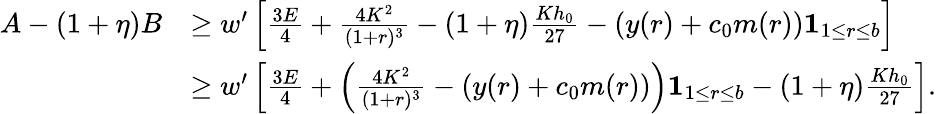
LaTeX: \begin{array}{rl}{A-(1+\eta)B}&{\geq w^{\prime}\left[\frac{3E}{4}+\frac{4K^{2}}{(1+r)^{3}}-(1+\eta)\frac{Kh_{0}}{27}-(y(r)+c_{0}m(r))\mathbf{1}_{1\leq r\leq b}\right]}\\ &{\geq w^{\prime}\left[\frac{3E}{4}+\left(\frac{4K^{2}}{(1+r)^{3}}-(y(r)+c_{0}m(r))\right)\mathbf{1}_{1\leq r\leq b}-(1+\eta)\frac{Kh_{0}}{27}\right].}\end{array}